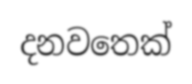
දනවතෙක්